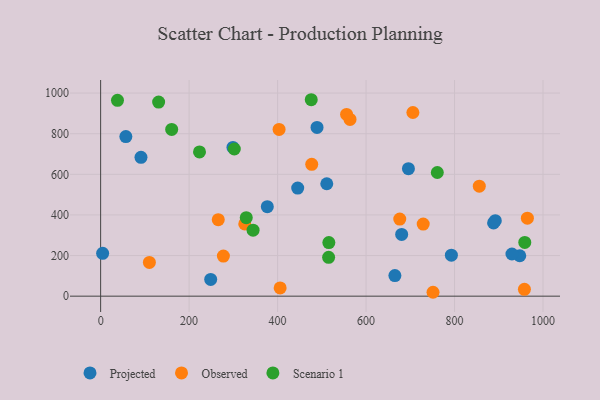
{"axis": {"x": "Ad Spend", "y": "Sales"}, "legend": ["Observed", "Projected", "Scenario 1"], "data": [{"x": "695.8", "y": 627.5, "type": "Projected"}, {"x": "888.3", "y": 360.5, "type": "Projected"}, {"x": "489.2", "y": 830.9, "type": "Projected"}, {"x": "680.5", "y": 303.8, "type": "Projected"}, {"x": "445.5", "y": 532.2, "type": "Projected"}, {"x": "511.2", "y": 553.6, "type": "Projected"}, {"x": "792.9", "y": 201.7, "type": "Projected"}, {"x": "665.2", "y": 101.2, "type": "Projected"}, {"x": "57.0", "y": 785.6, "type": "Projected"}, {"x": "376.8", "y": 440.7, "type": "Projected"}, {"x": "4.5", "y": 211.0, "type": "Projected"}, {"x": "892.2", "y": 371.6, "type": "Projected"}, {"x": "947.5", "y": 199.1, "type": "Projected"}, {"x": "91.2", "y": 683.8, "type": "Projected"}, {"x": "929.8", "y": 207.6, "type": "Projected"}, {"x": "299.1", "y": 732.3, "type": "Projected"}, {"x": "248.8", "y": 82.7, "type": "Projected"}, {"x": "958.0", "y": 33.5, "type": "Observed"}, {"x": "403.4", "y": 821.1, "type": "Observed"}, {"x": "265.9", "y": 376.6, "type": "Observed"}, {"x": "563.8", "y": 870.3, "type": "Observed"}, {"x": "405.8", "y": 40.5, "type": "Observed"}, {"x": "277.5", "y": 197.2, "type": "Observed"}, {"x": "964.7", "y": 384.0, "type": "Observed"}, {"x": "676.2", "y": 379.5, "type": "Observed"}, {"x": "856.0", "y": 541.4, "type": "Observed"}, {"x": "110.2", "y": 166.0, "type": "Observed"}, {"x": "477.2", "y": 649.0, "type": "Observed"}, {"x": "556.0", "y": 894.7, "type": "Observed"}, {"x": "751.4", "y": 19.2, "type": "Observed"}, {"x": "729.2", "y": 354.8, "type": "Observed"}, {"x": "705.9", "y": 904.2, "type": "Observed"}, {"x": "325.8", "y": 355.7, "type": "Observed"}, {"x": "515.9", "y": 264.1, "type": "Scenario 1"}, {"x": "223.5", "y": 710.0, "type": "Scenario 1"}, {"x": "761.1", "y": 608.8, "type": "Scenario 1"}, {"x": "515.4", "y": 191.5, "type": "Scenario 1"}, {"x": "38.1", "y": 964.2, "type": "Scenario 1"}, {"x": "160.6", "y": 821.2, "type": "Scenario 1"}, {"x": "131.1", "y": 955.4, "type": "Scenario 1"}, {"x": "344.6", "y": 324.9, "type": "Scenario 1"}, {"x": "329.2", "y": 386.4, "type": "Scenario 1"}, {"x": "958.8", "y": 264.8, "type": "Scenario 1"}, {"x": "476.1", "y": 967.2, "type": "Scenario 1"}, {"x": "302.2", "y": 724.6, "type": "Scenario 1"}]}